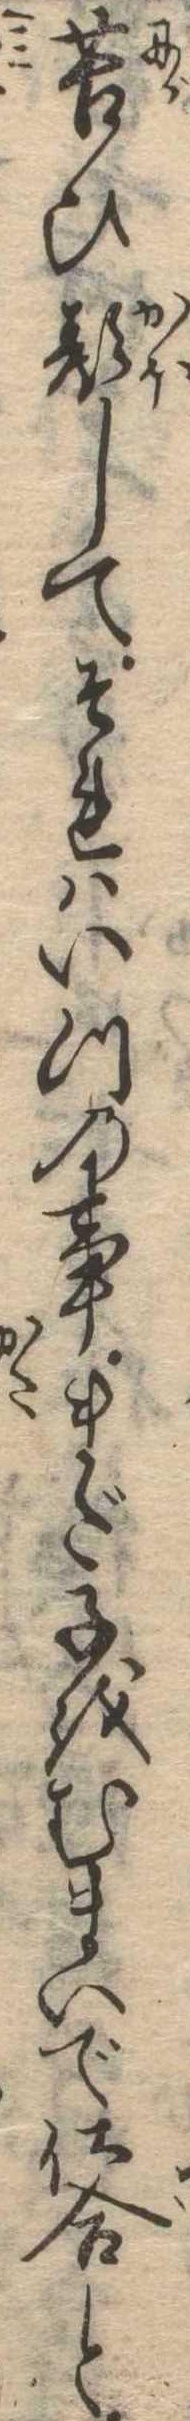
苦ひ顔してそれはいつの事まだ子をむまいで仕合と